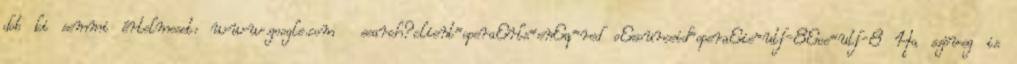
dob ki semmi értelmeset: www.google.com search?client=opera&rls=en&q=red o&sourceid=opera&ie=utf-8&oe=utf-8 Ha szöveg is